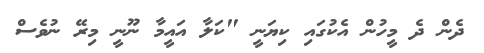
ދެން ދެ މީހުން އެކުގައި ކިޔަނީ "ކަލާ އައީމާ ނޫނީ މިރޭ ނުވެސް